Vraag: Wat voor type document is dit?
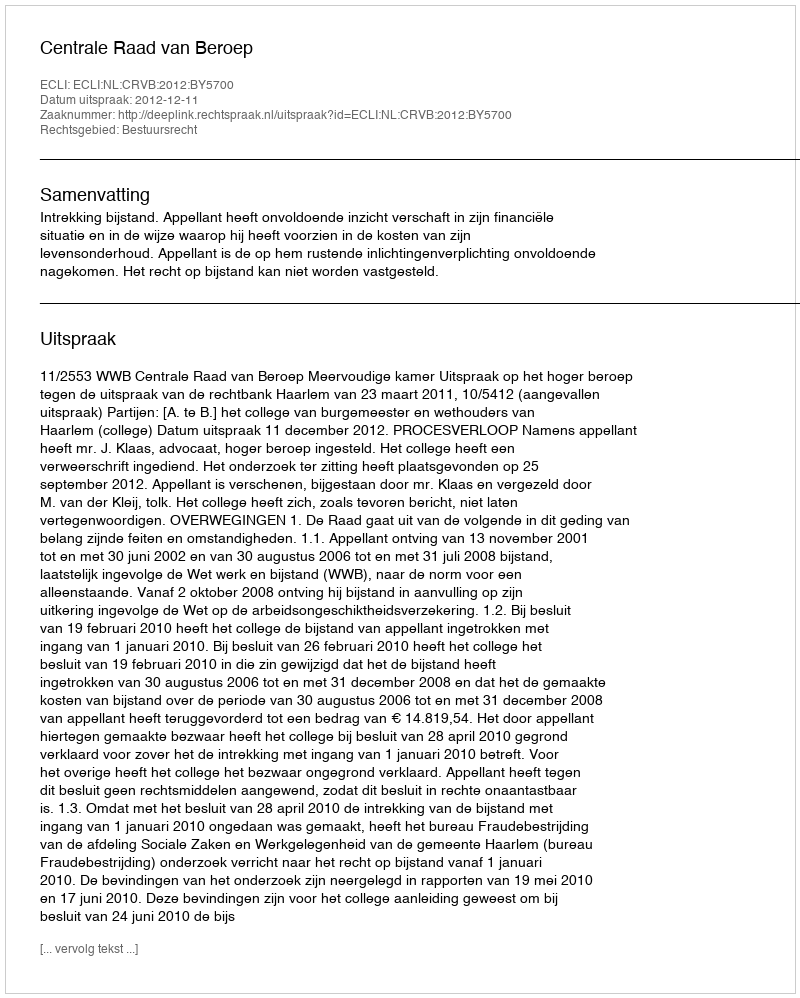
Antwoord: Uitspraak